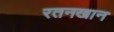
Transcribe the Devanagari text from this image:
रतनखान